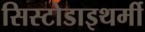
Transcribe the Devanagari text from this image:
सिस्टोडाइथर्मी